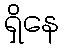
ရှိနေ